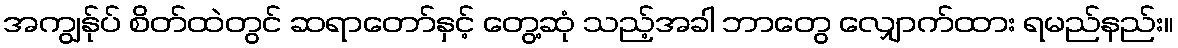
အကျွန်ုပ် စိတ်ထဲတွင် ဆရာတော်နှင့် တွေ့ဆုံ သည့်အခါ ဘာတွေ လျှောက်ထား ရမည်နည်း။